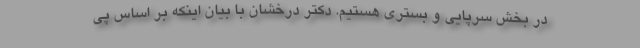
در بخش سرپایی و بستری هستیم. دکتر درخشان با بیان اینکه بر اساس پی